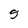
Character: S